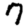
Digit: 7